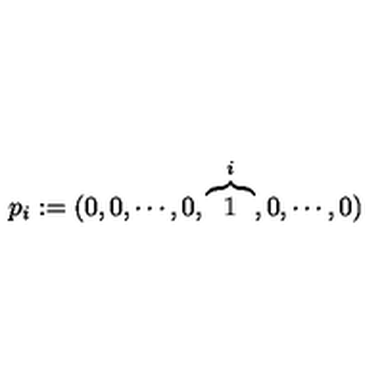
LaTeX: p _ { i } : = ( 0 , 0 , \cdots , 0 , \overbrace { 1 } ^ { i } , 0 , \cdots , 0 )